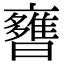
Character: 𣋿